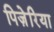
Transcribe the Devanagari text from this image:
पिज़ेरिया